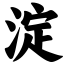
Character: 淀